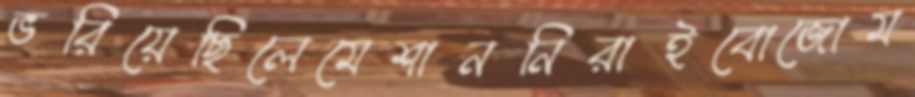
ভরিয়েছিলেমেশাননিরাইবোজোম